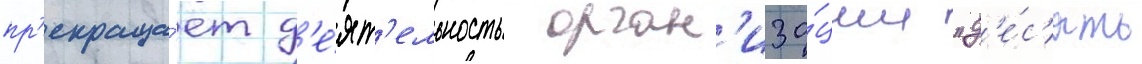
пр'екраща́ет д'е́ят'ельность орган'иза́ции "д'е́с'ять